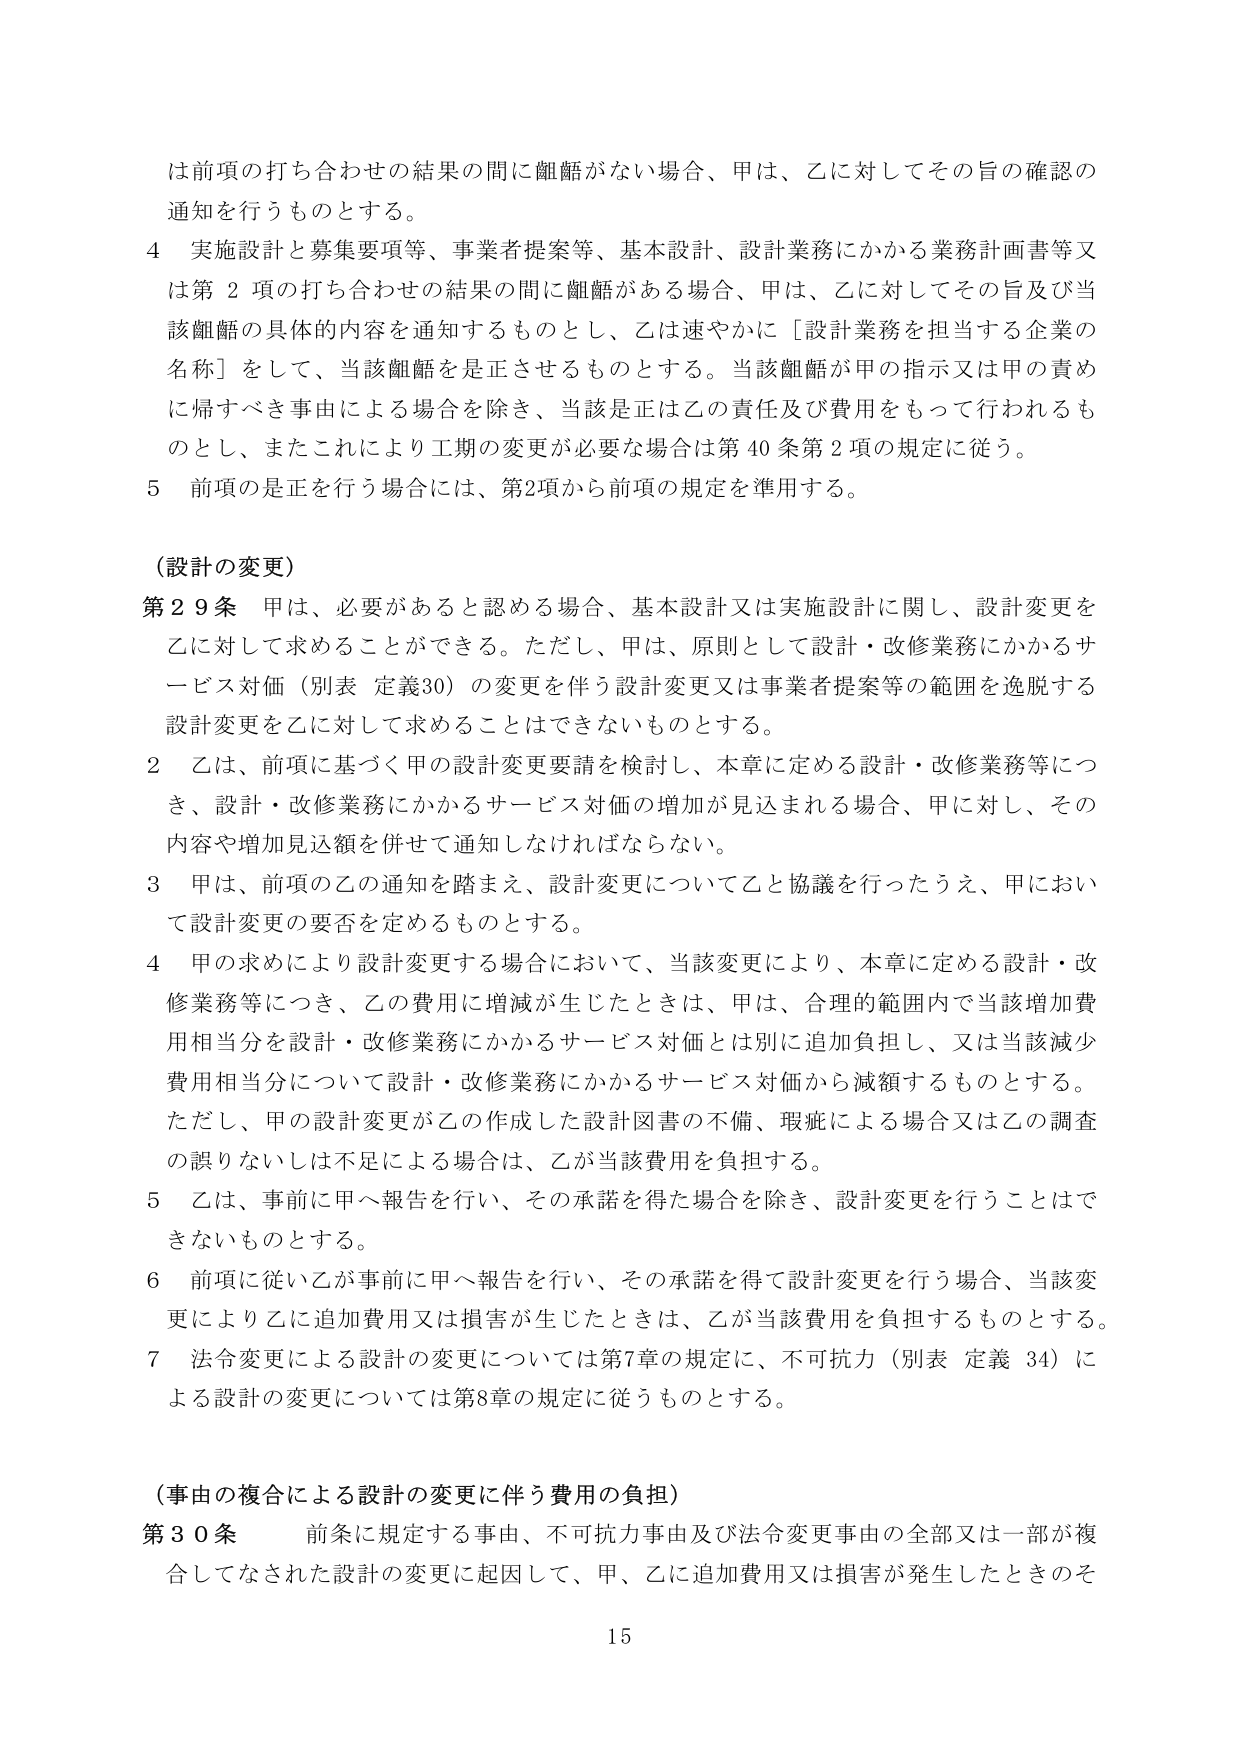
は前項の打ち合わせの結果の間に齟齬がない場合、甲は、乙に対してその旨の確認の通知を行うものとする。

4 実施設計と募集要項等、事業者提案等、基本設計、設計業務にかかる業務計画書等又は第2項の打ち合わせの結果の間に齟齬がある場合、甲は、乙に対してその旨及び当該齟齬の具体的内容を通知するものとし、乙は速やかに「設計業務を担当する企業の名称」をして、当該齟齬を是正させるものとする。当該齟齬が甲の指示又は甲の責めに帰すべき事由による場合を除き、当該是正は乙の責任及び費用をもって行われるものとし、またこれにより工期の変更が必要な場合は第40条第2項の規定に従う。

5 前項の是正を行う場合には、第2項から前項の規定を準用する。

（設計の変更）

第29条 甲は、必要があると認める場合、基本設計又は実施設計に関し、設計変更を乙に対して求めることができる。ただし、甲は、原則として設計・改修業務にかかるサービス対価（別表 定義30）の変更を伴う設計変更又は事業者提案等の範囲を逸脱する設計変更を乙に対して求めることはできないものとする。

2 乙は、前項に基づく甲の設計変更要請を検討し、本章に定める設計・改修業務等につき、設計・改修業務にかかるサービス対価の増加が見込まれる場合、甲に対し、その内容や増加見込額を併せて通知しなければならない。

3 甲は、前項の乙の通知を踏まえ、設計変更について乙と協議を行ったうえ、甲において設計変更の要否を定めるものとする。

4 甲の求めにより設計変更する場合において、当該変更により、本章に定める設計・改修業務等につき、乙の費用に増減が生じたときは、甲は、合理的範囲内で当該増加費用相当分を設計・改修業務にかかるサービス対価とは別に追加負担し、又は当該減少費用相当分について設計・改修業務にかかるサービス対価から減額するものとする。ただし、甲の設計変更が乙の作成した設計図書の不備、瑕疵による場合又は乙の調査の誤りないしは不足による場合は、乙が当該費用を負担する。

5 乙は、事前に甲へ報告を行い、その承諾を得た場合を除き、設計変更を行うことはできないものとする。

6 前項に従い乙が事前に甲へ報告を行い、その承諾を得て設計変更を行う場合、当該変更により乙に追加費用又は損害が生じたときは、乙が当該費用を負担するものとする。

7 法令変更による設計の変更については第7章の規定に、不可抗力（別表 定義 34）による設計の変更については第8章の規定に従うものとする。

（事由の複合による設計の変更に伴う費用の負担）

第30条 前条に規定する事由、不可抗力事由及び法令変更事由の全部又は一部が複合してなされた設計の変更に起因して、甲、乙に追加費用又は損害が発生したときのそ

15